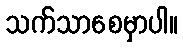
သက်သာစေမှာပါ။